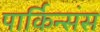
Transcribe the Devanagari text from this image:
पार्किन्संस